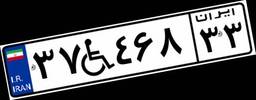
۲۹W۰۷۱۹۳